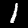
Digit: 1